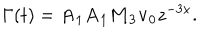
LaTeX: \Gamma ( t ) = { \bf A } _ { 1 } { \bf A } _ { 1 } { \bf M } _ { 3 } { \bf v } _ { 0 } z ^ { - 3 x } .